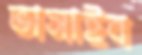
ভাসাইব